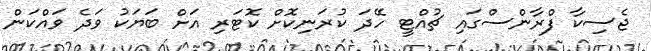
ޖެސިކާ ފްރާންސްގައި ޗުއްޓީ ހޭދަ ކުރަނިކޮށް ކޮޓަރި އަށް ބަޔަކު ވަދެ ވައްކަން